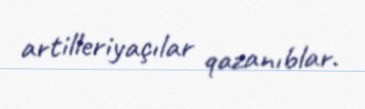
artilleriyaçılar qazanıblar.